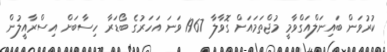
ކުރުވަން ބައިނަލްއަގްވާމީ މުޖްތަމައަށް ގޮވާލާ 1967 ވަނަ އަހަރުގެ ބޯޑަރާ ހިސާބަށް އިސްރާއީލުން